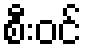
စီးဝင်